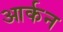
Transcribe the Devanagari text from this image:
आर्कन